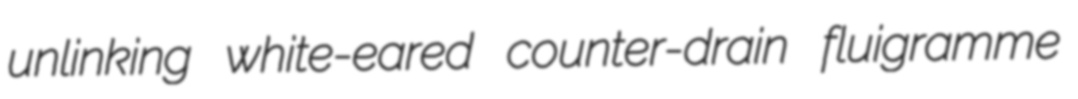
unlinking white-eared counter-drain fluigramme